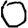
Digit: 0